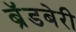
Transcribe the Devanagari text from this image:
ब्रॅडबेरी